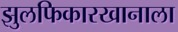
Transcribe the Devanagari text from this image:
झुलफिकारखानाला